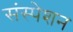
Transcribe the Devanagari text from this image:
संस्पेशन